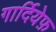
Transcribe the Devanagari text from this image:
गार्दियेफ़